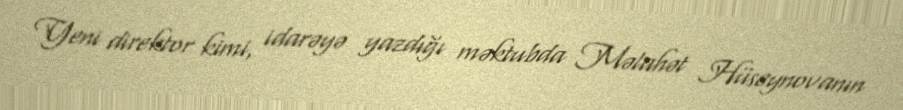
Yeni direktor kimi, idarəyə yazdığı məktubda Məlahət Hüseynovanın